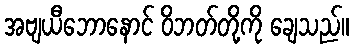
အဗျယီဘောနောင် ဝိဘတ်တို့ကို ချေသည်။